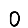
Digit: 0